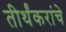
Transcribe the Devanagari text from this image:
तीर्थंकरांचे